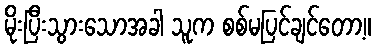
မိုးပြီးသွားသောအခါ သူက စစ်မပြင်ချင်တော့။